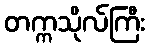
တက္ကသိုလ်ကြီး